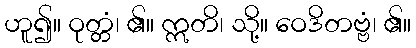
ဟူ၍။ ဝုတ္တံ၊ ၏။ ဣတိ၊ သို့။ ဝေဒိတဗ္ဗံ၊ ၏။